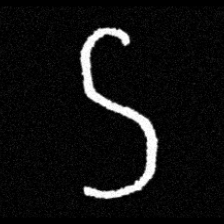
Pyu character \u2014 Myanmar letter: ဌ (romanized: ttha)